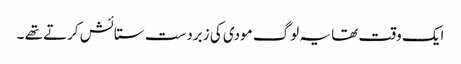
ایک وقت تھا یہ لوگ مودی کی زبردست ستائش کرتے تھے ۔